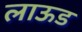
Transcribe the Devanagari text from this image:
लाऊड